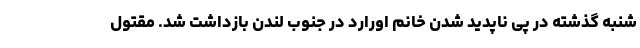
شنبه گذشته در پی ناپدید شدن خانم اورارد در جنوب لندن بازداشت شد. مقتول